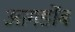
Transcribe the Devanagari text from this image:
आगडोंब